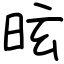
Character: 昡